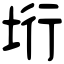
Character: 垳